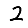
Digit: 2